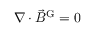
\nabla \cdot { \vec { B } } ^ { \mathrm { G } } = 0